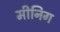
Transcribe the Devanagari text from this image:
मीनिग